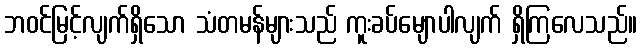
ဘဝင်မြင့်လျက်ရှိသော သံတမန်များသည် ကူးခပ်မျောပါလျက် ရှိကြလေသည်။